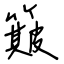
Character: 簸